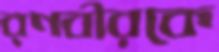
রণবীরকে